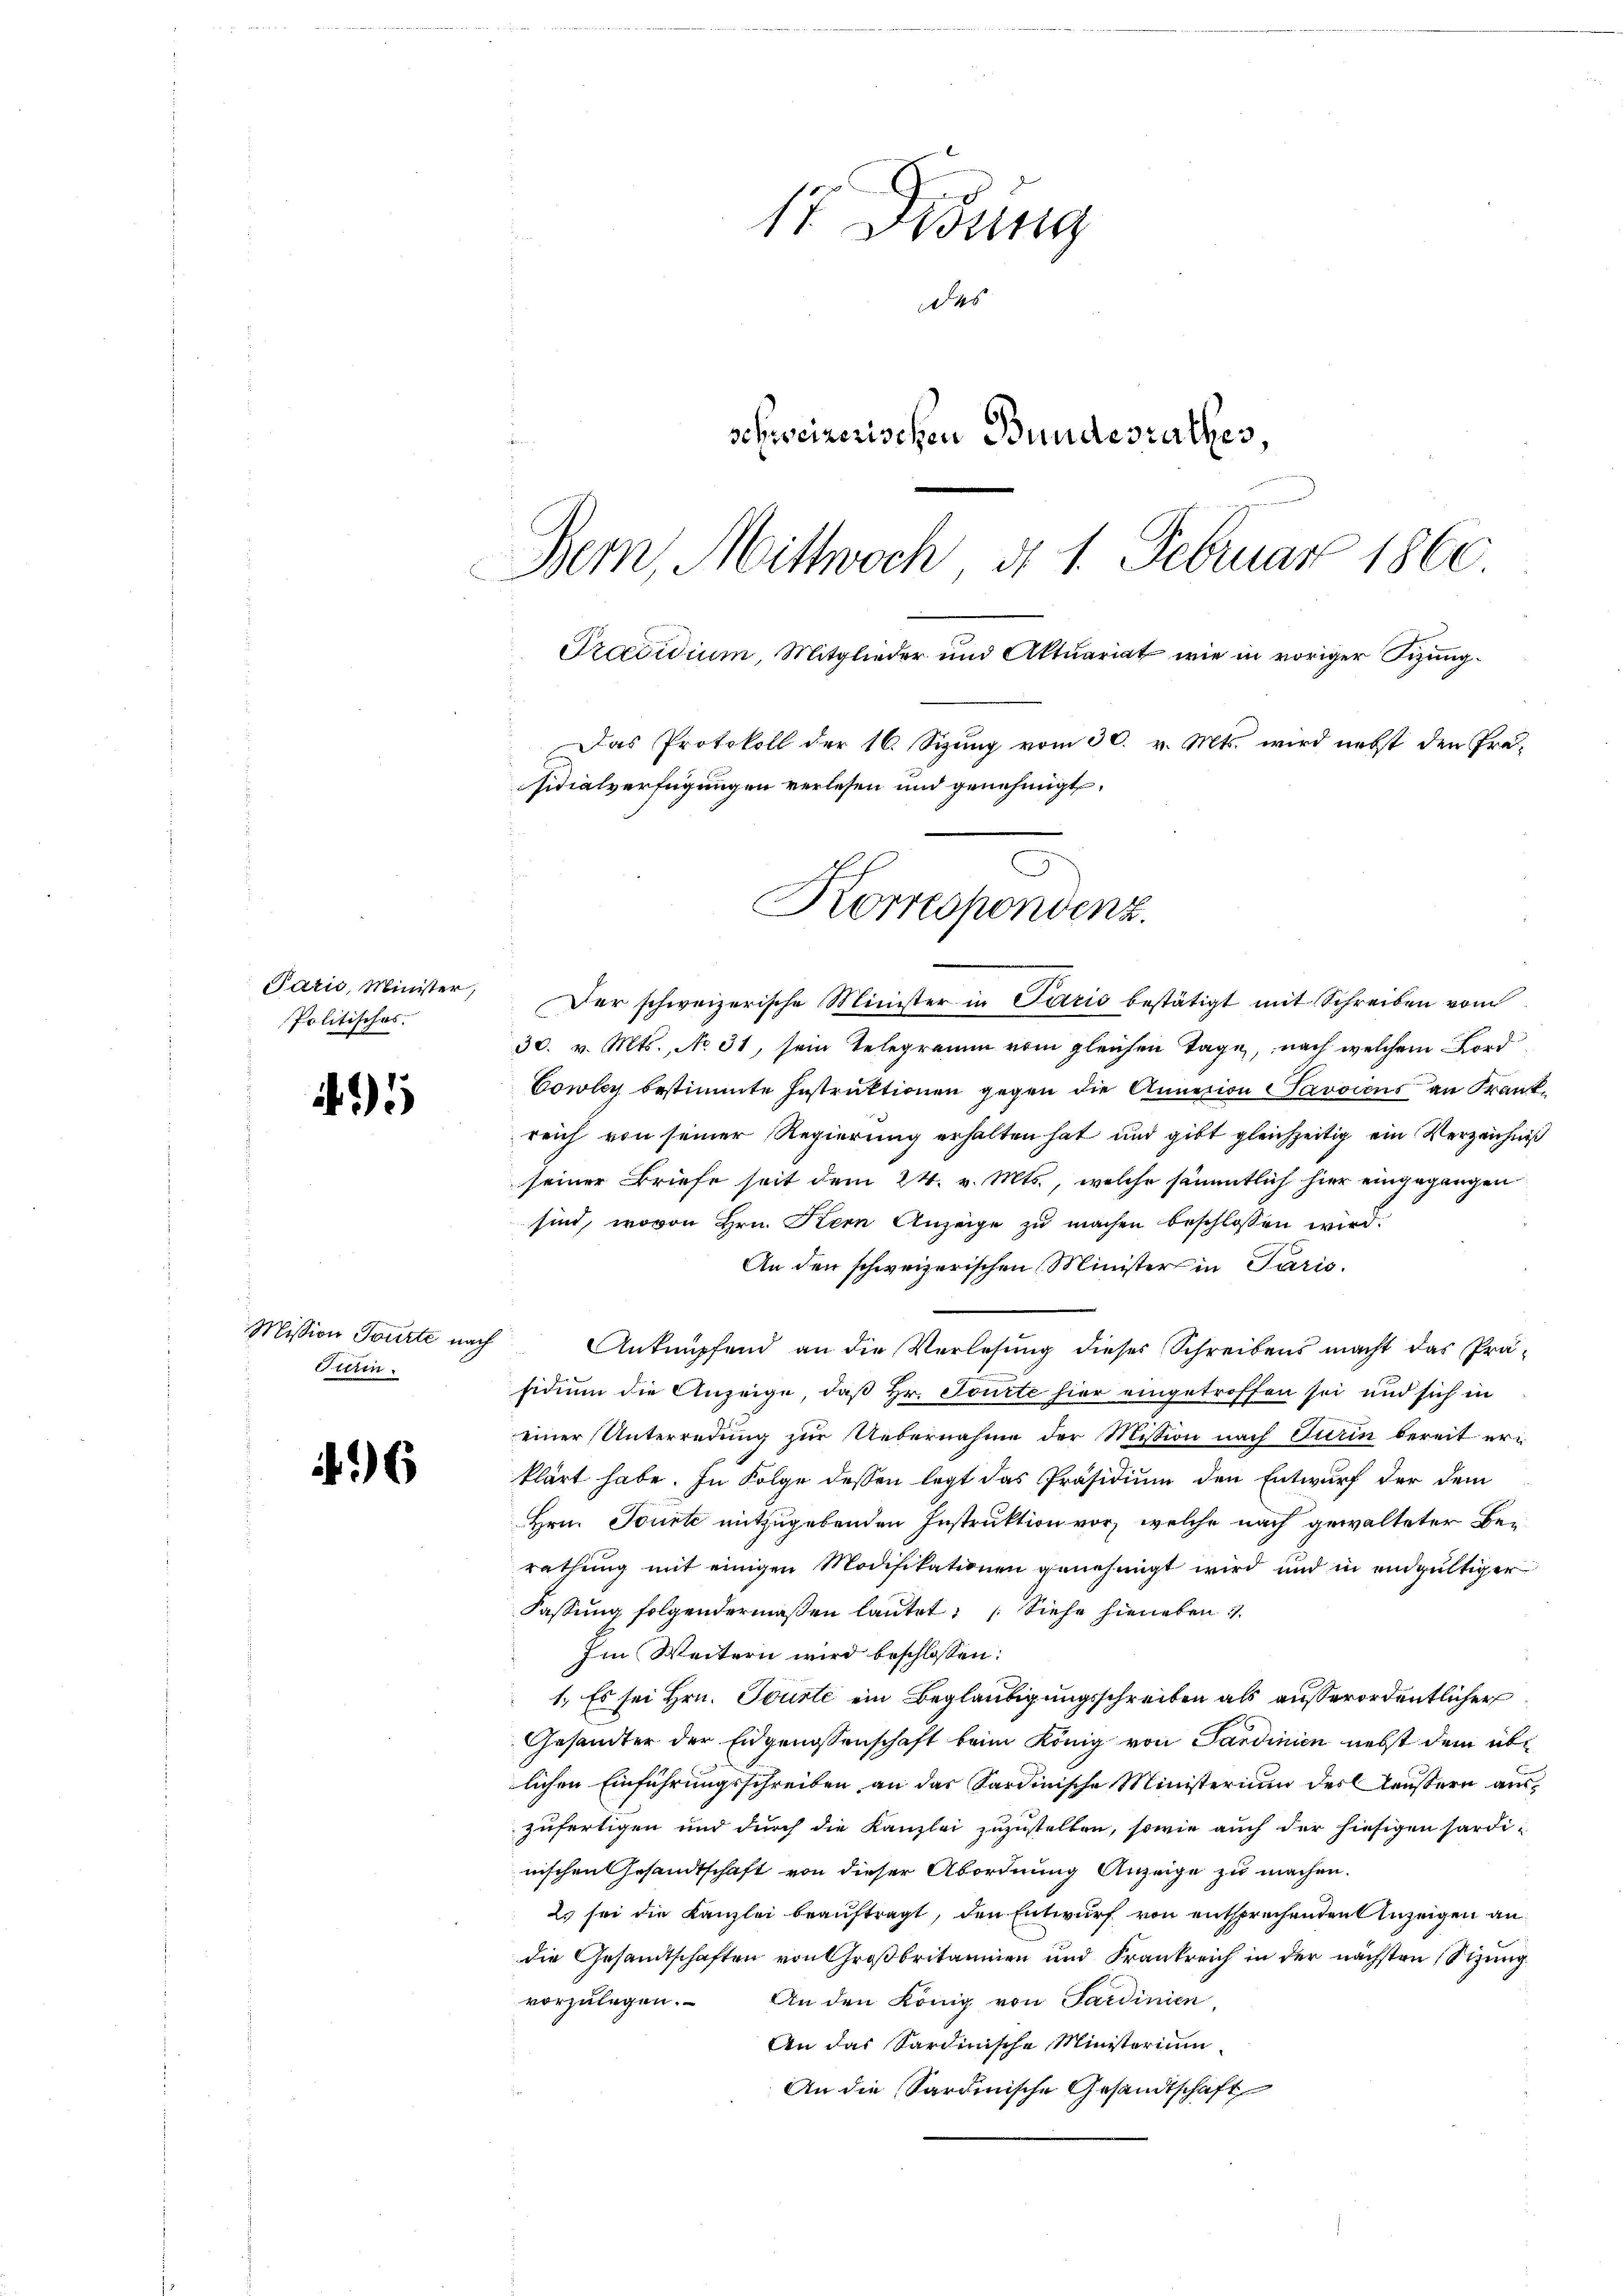
Paris, Minister,
Politisches.

5

Mission Tourte nach
Fittin.

6

17. Ordung
Das
schweizerischen Bundesrathes
un
Bern, Mittwoch, d. 1. Februar 1860
Praesidium, Mitglieder und Aktuariat wie in voriger Sizung¬
Das Protokoll der 16. Sizung vom 30. v. Mts. wird nebst den Präsidialverfügungen verlesen und genehmigt,

Korrespondenz.

Der schweizerische Minister in Patrio bestätigt mit Schreiben vom
30. v. Mts., No. 31, sein Telegramm vom gleichen Tage, nach welchem Ford
Cowley bestimmte Instruktionen gegen die Annexion avoicus an Frankreich von seiner Regierung erhalten hat und gibt gleichzeitig ein Verzeichniß
seiner Briefe seit dem 24. v. Mts., welche sämmtlich hier eingegangen
sind, wovon Hrn. Kern Anzeige zu machen beschlossen wird.
An den schweizerischen Minister in Paris.
Anknüpfend an die Verlesung dieses Schreibens macht das Präsidium die Anzeige, daß Hr. Toute hier eingetroffen sei und sich in
einer Unterredung zur Uebernahme der Mission nach Turin bereit eri
klärt habe. In Folge dessen legt das Präsidium den Entwurf der dem
Hrn. Tourte mitzugebenden Instruktion vor, welche nach gewalteter Berathung mit einigen Modifikationen genehmigt wird und in endgültiger
Fassung folgendermaßen lautet: Siehe hierieben
Im Weitern wird beschlossen:
1. Es sei Hrn. Tourte ein Beglaubigungsschreiben als außerordentlicher
Gesandter der Eidgenossenschaft beim König von Sardinien nebst dem übe
lichen Einführungsschreiben an das Sardinische Ministerium des Aeussern auszufertigen und durch die Kanzlei zuzustellen, sowie auch der hiesigen sardinischen Gesandtschaft von dieser Abordnung Anzeige zu machen.
2. sei die Kanzlei beauftragt, den Entwurf von entsprechenden Anzeigen an
die Gesandtschaften von Großbritanien und Frankreich in der nächsten Sitzung
vorzulegen. An den König von Sardinien,
An das Sardinische Ministerium
An die Sardinische Gesandtschaft